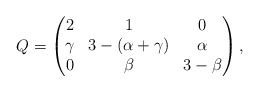
\begin{align*}Q=\begin{pmatrix}2 & 1 & 0\\\gamma & 3-(\alpha+\gamma) & \alpha\\0 & \beta & 3-\beta\end{pmatrix},\end{align*}